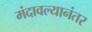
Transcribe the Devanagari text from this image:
मंदावल्यानंतर